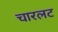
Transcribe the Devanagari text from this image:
चारलट